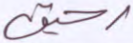
رحيق